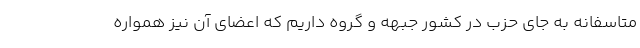
متاسفانه به جای حزب در کشور جبهه و گروه داریم که اعضای آن نیز همواره